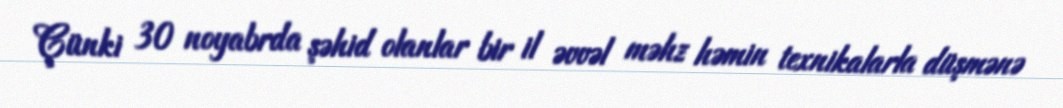
Çünki 30 noyabrda şəhid olanlar bir il əvvəl məhz həmin texnikalarla düşmənə